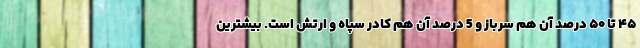
۴۵ تا ۵۰ درصد آن هم سرباز و 5 درصد آن هم کادر سپاه و ارتش است. بیشترین